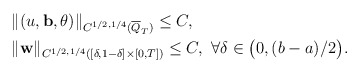
\begin{align*}\begin{aligned}&\|(u, \mathbf{b}, \theta)\|_{C^{1/2, 1/4}(\overline Q_T)}\leq C,\\&\|\mathbf{w}\|_{C^{1/2, 1/4}([\delta, 1-\delta]\times[0, T])}\leq C,~\forall\delta\in\big(0, (b-a)/2\big) . \end{aligned} \end{align*}